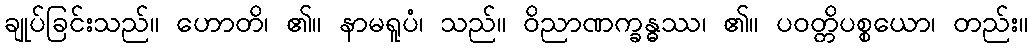
ချုပ်ခြင်းသည်။ ဟောတိ၊ ၏။ နာမရူပံ၊ သည်။ ဝိညာဏက္ခန္ဓဿ၊ ၏။ ပဝတ္တိပစ္စယော၊ တည်း။